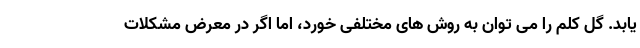
یابد. گل کلم را می توان به روش های مختلفی خورد، اما اگر در معرض مشکلات